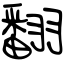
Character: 翻